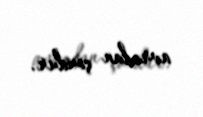
avrodan çoxdur.